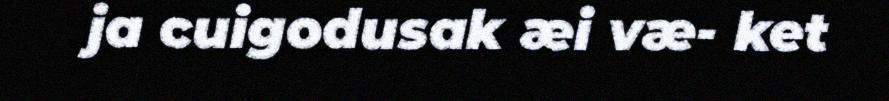
ja cuigodusak æi væ- ket